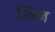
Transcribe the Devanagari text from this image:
खिज